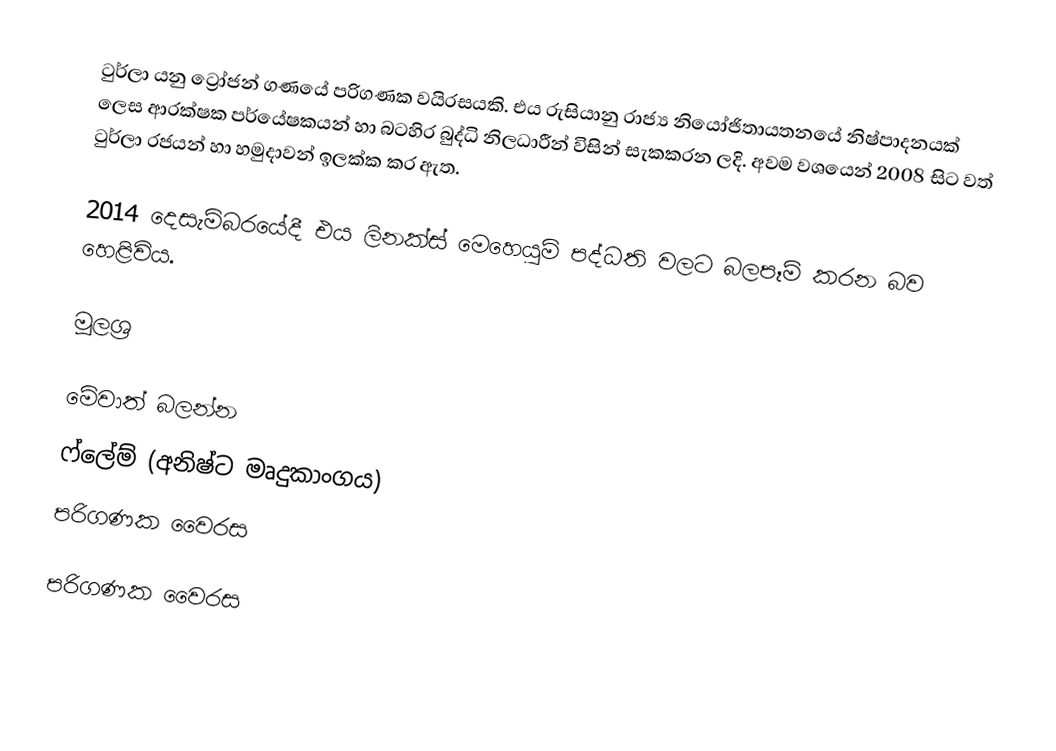
ටුර්ලා යනු ට්‍රෝජන් ගණයේ පරිගණක වයිරසයකි. එය රුසියානු රාජ්‍ය නියෝජිතායතනයේ නිෂ්පාදනයක් ලෙස ආරක්ෂක පර්යේෂකයන් හා බටහිර බුද්ධි නිලධාරීන් විසින් සැකකරන ලදි.  අවම වශයෙන් 2008 සිට වත් ටුර්ලා රජයන් හා හමුදාවන් ඉලක්ක කර ඇත.

2014 දෙසැම්බරයේදී එය ලිනක්ස් මෙහෙයුම් පද්ධති වලට බලපෑම් කරන බව හෙළිවිය.

මූලශ්‍ර

මේවාත් බලන්න
ෆ්ලේම් (අනිෂ්ට මෘදුකාංගය)
පරිගණක වෛරස

පරිගණක වෛරස